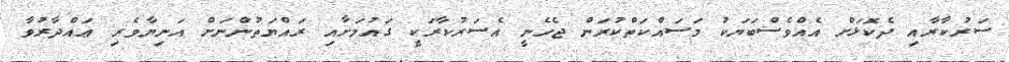
ސަރުކާރާއި ދެކޮޅަށް އެއްވެސްބަޔަކު މަސައްކަތްކުރަން ޖެހެނީ އެސަރުކާރަކީ ގައުމަށާއި ރައްޔަތުންނަށް އަނިޔާވެރި ޢައްދާރުވާ